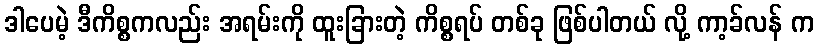
ဒါပေမဲ့ ဒီကိစ္စကလည်း အရမ်းကို ထူးခြားတဲ့ ကိစ္စရပ် တစ်ခု ဖြစ်ပါတယ် လို့ ကာ့ခ်လန် က